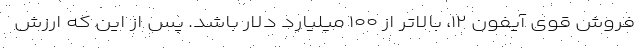
فروش قوی آیفون ۱۲، بالاتر از ۱۰۰ میلیارد دلار باشد. پس از این که ارزش